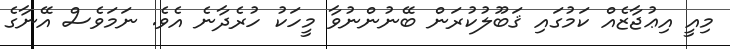
މިއީ އިޢުޖާޒެއް ކަމުގައި ޤަބޫލުކުރަން ބޭނުންނުވާ މީހަކު ހުރެދާނެ އެވެ. ނަމަވެސް އޭނާގެ